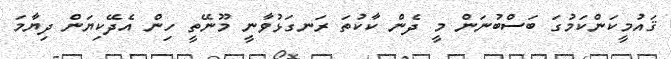
ޤައުމީކަންކަމުގަ ބަސްބުނަން މީ ދެން ކާކުތަ ރަނގަޅުވާނީ މޫނޭތީ ހިން އެދޭކިޔަން ދިޔާމަ